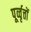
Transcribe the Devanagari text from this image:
पूर्व्वृत्तों